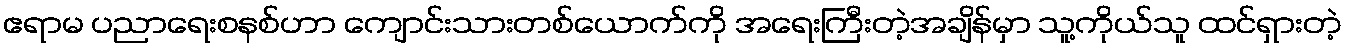
ဧရာမ ပညာရေးစနစ်ဟာ ကျောင်းသားတစ်ယောက်ကို အရေးကြီးတဲ့အချိန်မှာ သူ့ကိုယ်သူ ထင်ရှားတဲ့